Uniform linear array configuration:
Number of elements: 4
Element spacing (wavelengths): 0.25
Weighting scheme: hann
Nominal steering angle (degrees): -15
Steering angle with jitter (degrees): -13.844
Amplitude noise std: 0.05
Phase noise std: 0.05

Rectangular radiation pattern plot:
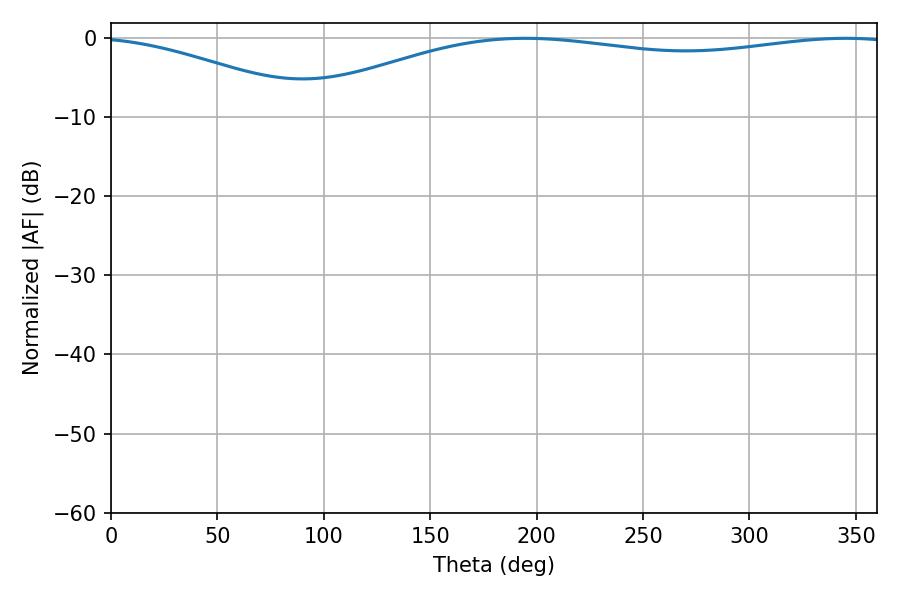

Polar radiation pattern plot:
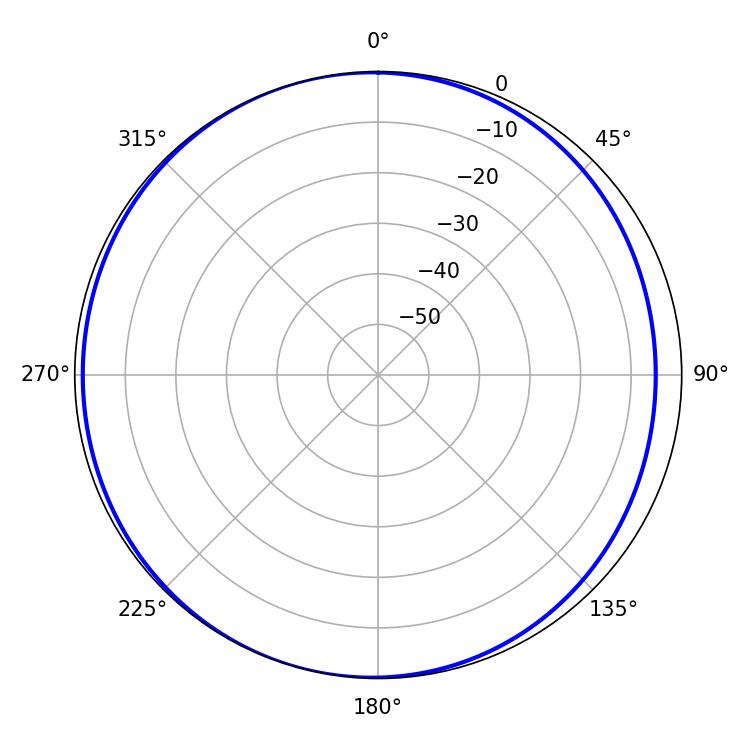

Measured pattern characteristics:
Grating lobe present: FALSE
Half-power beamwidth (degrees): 228.24
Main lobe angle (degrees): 194.58